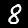
Label: 8